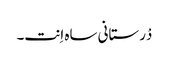
دْرستانی ساہ اِنت۔